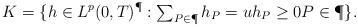
LaTeX: \begin{align*}K=\{h \in L^p(0,T)^{\P}: \mbox{$ \sum_{P \in \P} h_P=u$} h_P \geq 0P\in\P\}.\end{align*}